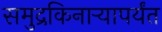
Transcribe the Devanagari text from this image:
समुद्रकिनार्‍यापर्यंत